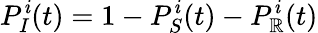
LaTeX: P_{I}^{\mathit{i}}(t)=1-P_{S}^{\mathit{i}}(t)-P_{\mathbb{R}}^{\mathit{i}}(t)